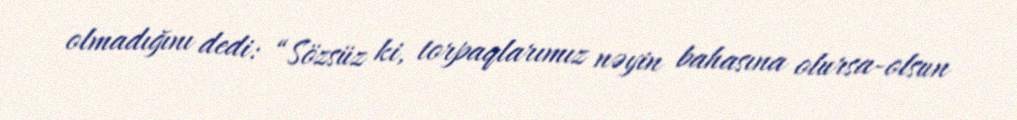
olmadığını dedi: “Sözsüz ki, torpaqlarımız nəyin bahasına olursa-olsun